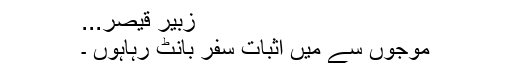
زبیر قیصر...
موجوں سے میں اثباتِ سفر بانٹ رہاہوں ۔